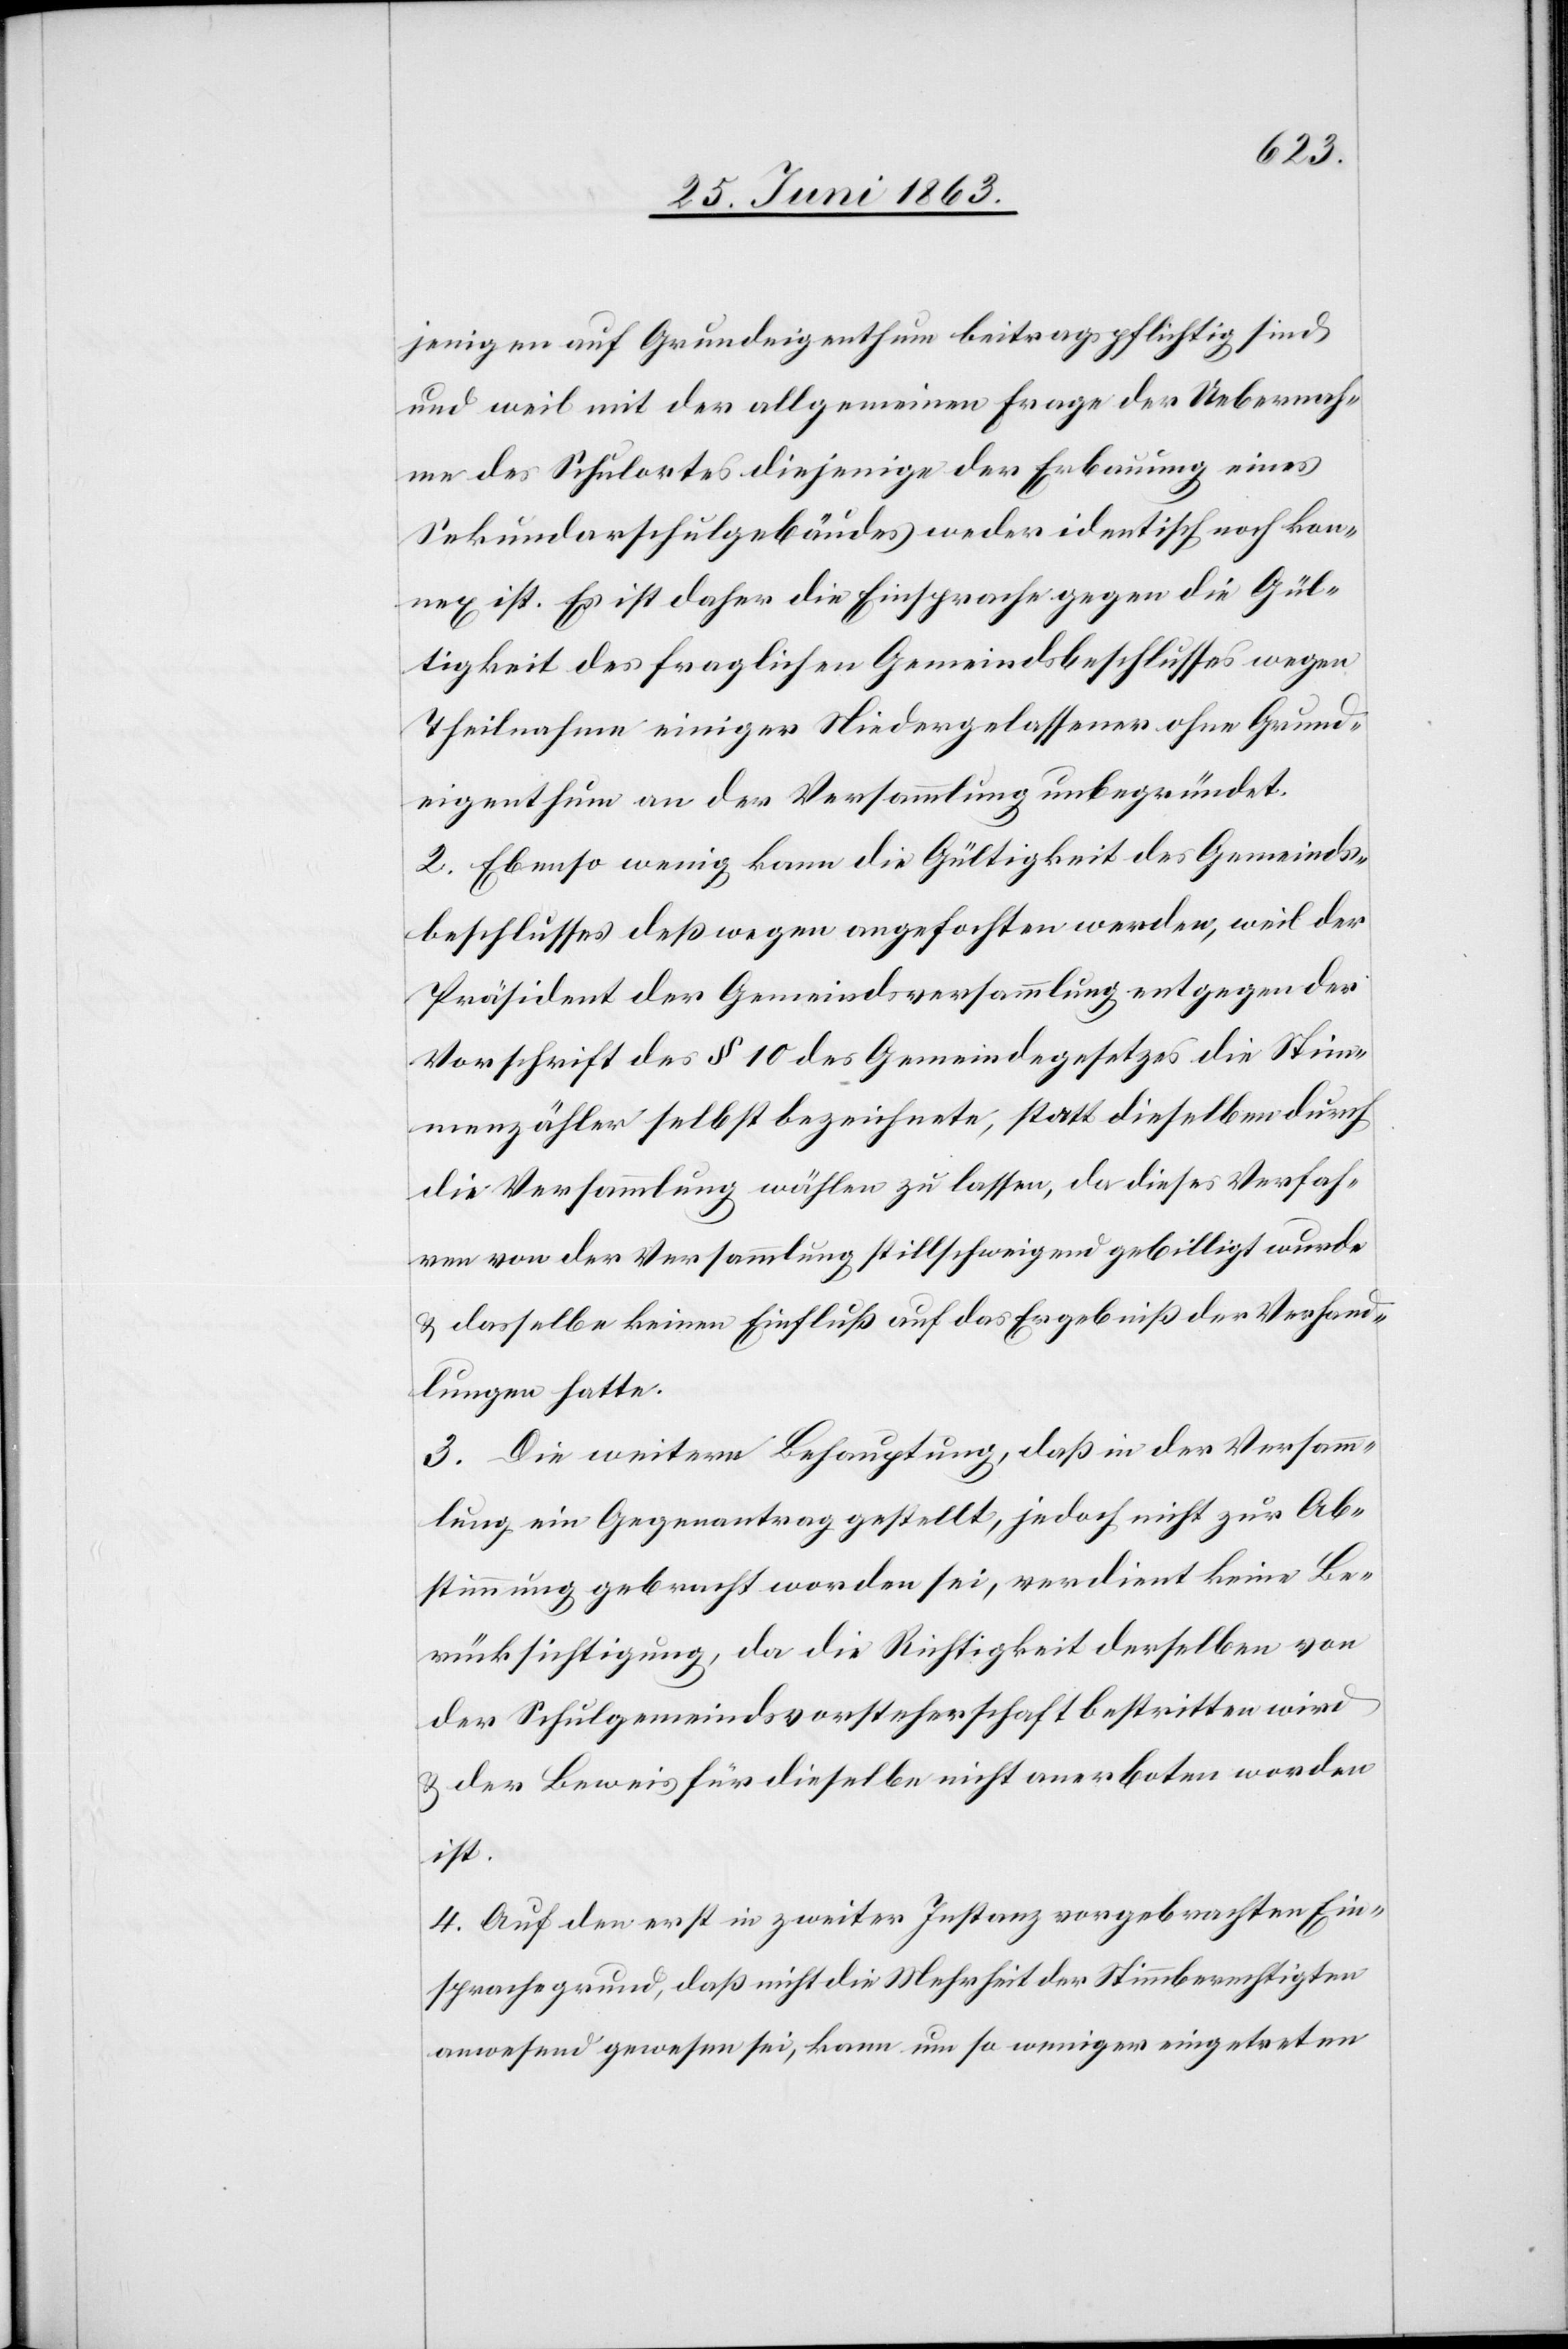
jenigen auf Grundeigenthum beitragspflichtig sind
und weil mit der allgemeinen Frage der Uebernah¬
me des Schulortes diejenige der Erbauung eines
Sekundarschulgebäudes weder identisch noch kon¬
nex ist. Es ist daher die Einsprache gegen die Gül¬
tigkeit des fraglichen Gemeindsbeschlusses wegen
Theilnahme einiger Niedergelassener ohne Grund¬
eigenthum an der Versammlung unbegründet.
2. Ebenso wenig kann die Gültigkeit des Gemeinds¬
beschlusses deßwegen angefochten werden, weil der
Präsident der Gemeindsversammlung entgegen der
Vorschrift des § 10 des Gemeindegesetzes die Stim¬
menzähler selbst bezeichnete, statt dieselben durch
die Versammlung wählen zu lassen, da dieses Verfah¬
ren von der Versammlung stillschweigend gebilligt wurde
& dasselbe keinen Einfluß auf das Ergebniß der Verhand¬
lungen hatte.
3. Die weitern Behauptung, daß in der Versamm¬
lung ein Gegenantrag gestellt, jedoch nicht zur Ab¬
stimmung gebracht worden sei, verdient keine Be¬
rücksichtigung, da die Richtigkeit derselben von
der Schulgemeindsvorsteherschaft bestritten wird
& der Beweis für dieselbe nicht anerboten worden
ist.
4. Auf den erst in zweiter Instanz vorgebrachten Ein¬
sprachegrund, daß nicht die Mehrheit der Stimmberechtigten
anwesend gewesen sei, kann um so weniger eingetreten